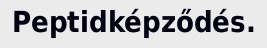
Peptidképződés.